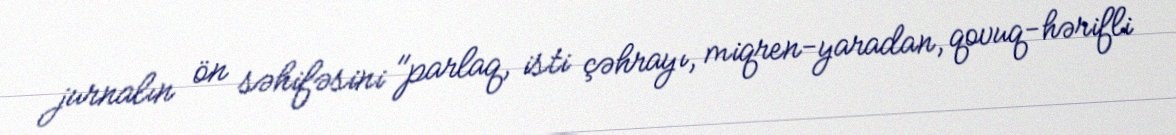
jurnalın ön səhifəsini "parlaq, isti çəhrayı, miqren-yaradan, qovuq-hərifli